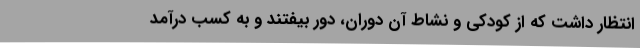
انتظار داشت که از کودکی و نشاط آن دوران، دور بیفتند و به کسب درآمد